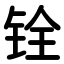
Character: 铨